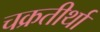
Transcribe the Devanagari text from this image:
चक्रतीर्था